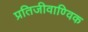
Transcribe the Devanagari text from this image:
प्रतिजीवाण्विक